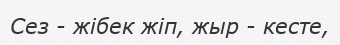
Сез - жібек жіп, жыр - кесте,